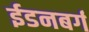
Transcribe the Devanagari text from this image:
ईडनबर्ग